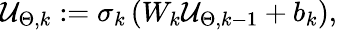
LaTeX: \mathcal{U}_{\Theta,k}:=\sigma_{k}\left(W_{k}\mathcal{U}_{\Theta,k-1}+b_{k}\right),